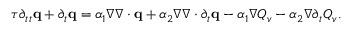
\begin{array} { r } { \tau \partial _ { t t } \mathbf q + \partial _ { t } \mathbf q = \alpha _ { 1 } \nabla \nabla \cdot \mathbf q + \alpha _ { 2 } \nabla \nabla \cdot \partial _ { t } \mathbf q - \alpha _ { 1 } \nabla Q _ { v } - \alpha _ { 2 } \nabla \partial _ { t } Q _ { v } . } \end{array}